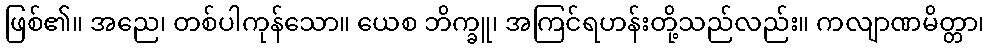
ဖြစ်၏။ အညေ၊ တစ်ပါကုန်သော။ ယေစ ဘိက္ခူ၊ အကြင်ရဟန်းတို့သည်လည်း။ ကလျာဏမိတ္တာ၊